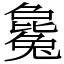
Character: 毚